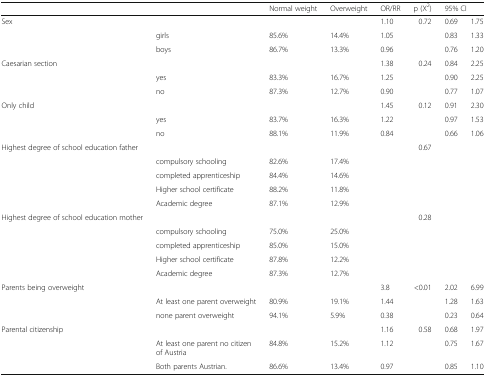
<table><thead><tr><td></td><td></td><td><b>Normal weight</b></td><td><b>Overweight</b></td><td><b>OR/RR</b></td><td><b>p (X<sup>2</sup>)</b></td><td colspan="2"><b>95% CI</b></td></tr></thead><tbody><tr><td rowspan="3">Sex</td><td></td><td></td><td></td><td>1.10</td><td>0.72</td><td>0.69</td><td>1.75</td></tr><tr><td>girls</td><td>85.6%</td><td>14.4%</td><td>1.05</td><td></td><td>0.83</td><td>1.33</td></tr><tr><td>boys</td><td>86.7%</td><td>13.3%</td><td>0.96</td><td></td><td>0.76</td><td>1.20</td></tr><tr><td rowspan="3">Caesarian section</td><td></td><td></td><td></td><td>1.38</td><td>0.24</td><td>0.84</td><td>2.25</td></tr><tr><td>yes</td><td>83.3%</td><td>16.7%</td><td>1.25</td><td></td><td>0.90</td><td>2.25</td></tr><tr><td>no</td><td>87.3%</td><td>12.7%</td><td>0.90</td><td></td><td>0.77</td><td>1.07</td></tr><tr><td rowspan="3">Only child</td><td></td><td></td><td></td><td>1.45</td><td>0.12</td><td>0.91</td><td>2.30</td></tr><tr><td>yes</td><td>83.7%</td><td>16.3%</td><td>1.22</td><td></td><td>0.97</td><td>1.53</td></tr><tr><td>no</td><td>88.1%</td><td>11.9%</td><td>0.84</td><td></td><td>0.66</td><td>1.06</td></tr><tr><td rowspan="5">Highest degree of school education father</td><td></td><td></td><td></td><td></td><td>0.67</td><td></td><td></td></tr><tr><td>compulsory schooling</td><td>82.6%</td><td>17.4%</td><td></td><td></td><td></td><td></td></tr><tr><td>completed apprenticeship</td><td>84.4%</td><td>14.6%</td><td></td><td></td><td></td><td></td></tr><tr><td>Higher school certificate</td><td>88.2%</td><td>11.8%</td><td></td><td></td><td></td><td></td></tr><tr><td>Academic degree</td><td>87.1%</td><td>12.9%</td><td></td><td></td><td></td><td></td></tr><tr><td rowspan="5">Highest degree of school education mother</td><td></td><td></td><td></td><td></td><td>0.28</td><td></td><td></td></tr><tr><td>compulsory schooling</td><td>75.0%</td><td>25.0%</td><td></td><td></td><td></td><td></td></tr><tr><td>completed apprenticeship</td><td>85.0%</td><td>15.0%</td><td></td><td></td><td></td><td></td></tr><tr><td>Higher school certificate</td><td>87.8%</td><td>12.2%</td><td></td><td></td><td></td><td></td></tr><tr><td>Academic degree</td><td>87.3%</td><td>12.7%</td><td></td><td></td><td></td><td></td></tr><tr><td rowspan="3">Parents being overweight</td><td></td><td></td><td></td><td>3.8</td><td>&lt;0.01</td><td>2.02</td><td>6.99</td></tr><tr><td>At least one parent overweight</td><td>80.9%</td><td>19.1%</td><td>1.44</td><td></td><td>1.28</td><td>1.63</td></tr><tr><td>none parent overweight</td><td>94.1%</td><td>5.9%</td><td>0.38</td><td></td><td>0.23</td><td>0.64</td></tr><tr><td rowspan="3">Parental citizenship</td><td></td><td></td><td></td><td>1.16</td><td>0.58</td><td>0.68</td><td>1.97</td></tr><tr><td>At least one parent no citizen of Austria</td><td>84.8%</td><td>15.2%</td><td>1.12</td><td></td><td>0.75</td><td>1.67</td></tr><tr><td>Both parents Austrian.</td><td>86.6%</td><td>13.4%</td><td>0.97</td><td></td><td>0.85</td><td>1.10</td></tr></tbody></table>